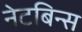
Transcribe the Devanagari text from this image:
नेटबिन्स